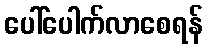
ပေါ်ပေါက်လာစေရန်